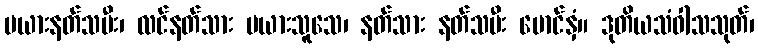
မယားနတ်သမီး၊ လင်နတ်သား မယားသူသေ၊ နတ်သား နတ်သမီး မောင်နှံ။ ဒုတိယသံဝါသသုတ်၊